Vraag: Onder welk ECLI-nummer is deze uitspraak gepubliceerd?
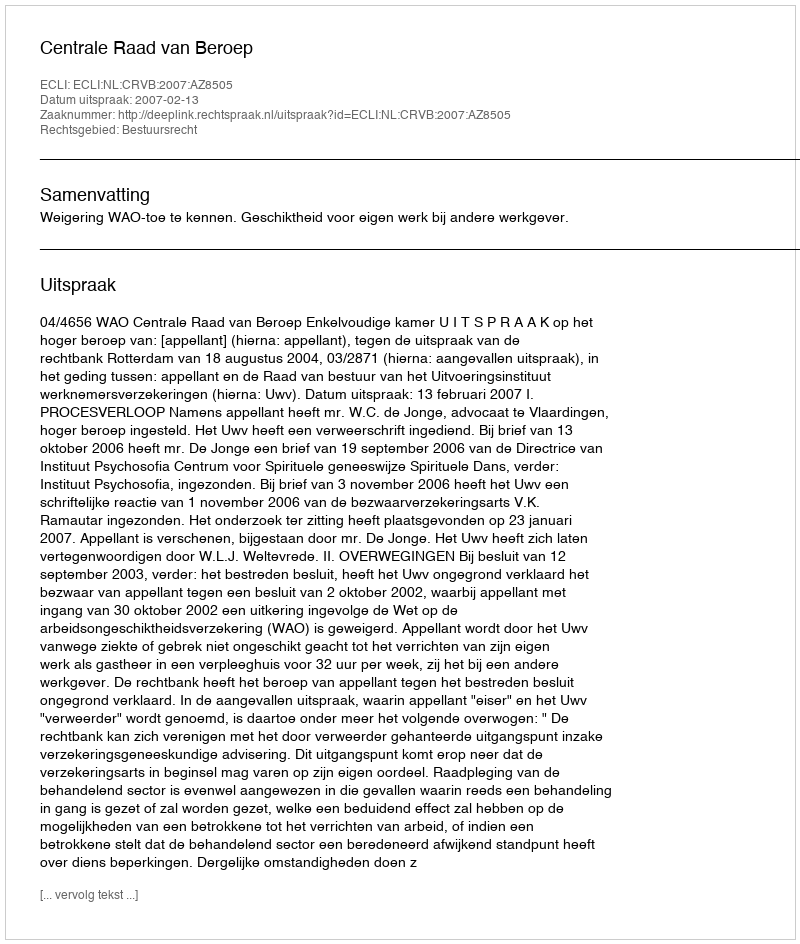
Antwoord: ECLI:NL:CRVB:2007:AZ8505